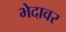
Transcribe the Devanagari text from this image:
भेदावर